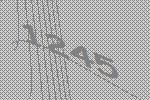
1245